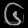
Digit: ၆